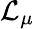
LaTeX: \mathcal{L}_{\mu}